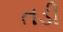
તડી